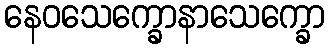
နေဝသေက္ခောနာသေက္ခော